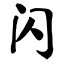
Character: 闪